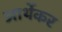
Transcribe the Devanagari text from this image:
आर्थेकर